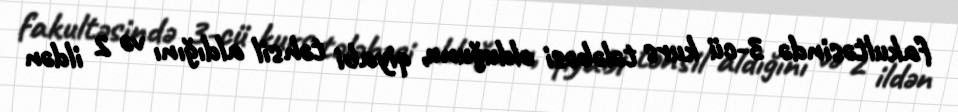
fakultəsində 3-cü kurs tələbəsi olduğunu, qiyabi təhsil aldığını və 2 ildən